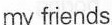
myfriends.